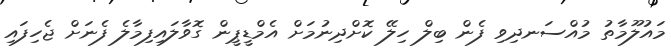
މައުލޫމާތު މުއްސަނދިވި ފެން ބިލް ހިލޭ ކޮށްދިނުމަށް އެމްޑީޕީން ގޮވާލައިފިމާލެ ފެނަށް ޖެހިފައި